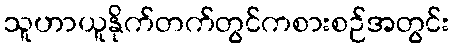
သူဟာယူနိုက်တက်တွင်ကစားစဉ်အတွင်း